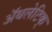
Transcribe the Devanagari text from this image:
अॅथलेटिक्